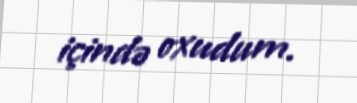
içində oxudum.